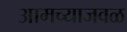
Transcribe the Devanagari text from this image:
आमच्याजवळ